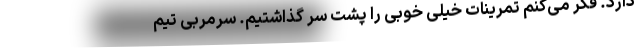
دارد. فکر می‌کنم تمرینات خیلی خوبی را پشت سر گذاشتیم. سرمربی تیم